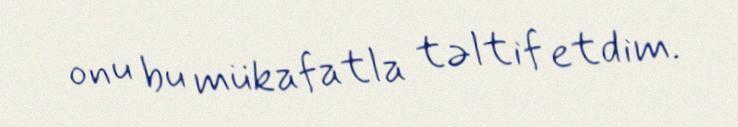
onu bu mükafatla təltif etdim.